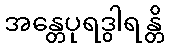
အန္တေပုရဒွါရန္တိ